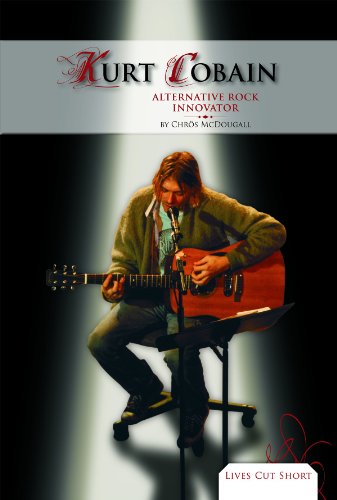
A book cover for Kurt Cobain: Alternative Rock Innovator (Lives Cut Short); Chros McDougall; Teen & Young Adult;